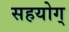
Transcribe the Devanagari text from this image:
सहयोग्